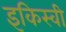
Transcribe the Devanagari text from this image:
इकिस्वी